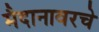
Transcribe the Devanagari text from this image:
मैदानावरचे